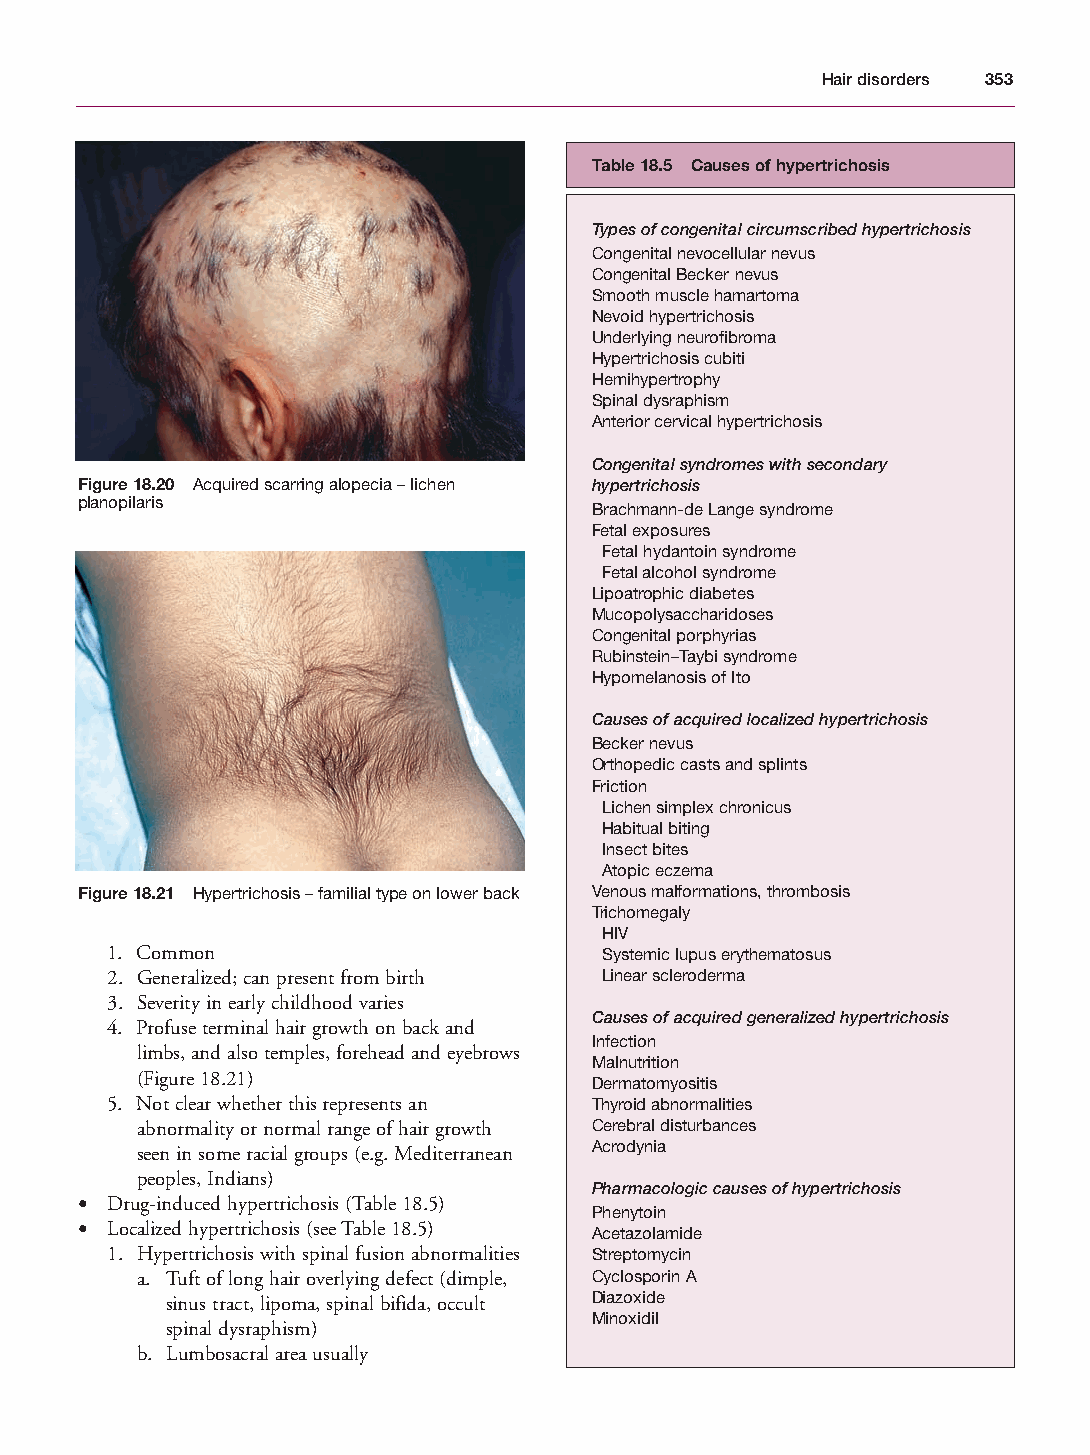
Mallory Chapter 18 27/1/05 2:55 pm Page 353
 Hair disorders 353
 Table 18.5 Causes of hypertrichosis
 Types of congenital circumscribed hypertrichosis
 Congenital nevocellular nevus
 Congenital Becker nevus
 Smooth muscle hamartoma
 Nevoid hypertrichosis
 Underlying neurofibroma
 Hypertrichosis cubiti
 Hemihypertrophy
 Spinal dysraphism
 Anterior cervical hypertrichosis
 Congenital syndromes with secondary
 Figure 18.20 Acquired scarring alopecia – lichen hypertrichosis
 planopilaris
 Brachmann-de Lange syndrome
 Fetal exposures
 Fetal hydantoin syndrome
 Fetal alcohol syndrome
 Lipoatrophic diabetes
 Mucopolysaccharidoses
 Congenital porphyrias
 Rubinstein–Taybi syndrome
 Hypomelanosis of Ito
 Causes of acquired localized hypertrichosis
 Becker nevus
 Orthopedic casts and splints
 Friction
 Lichen simplex chronicus
 Habitual biting
 Insect bites
 Atopic eczema
 Figure 18.21 Hypertrichosis – familial type on lower back Venous malformations, thrombosis
 Trichomegaly
 HIV
 1. Common                        Systemic lupus erythematosus
 2. Generalized; can present from birth Linear scleroderma
 3. Severity in early childhood varies
 Causes of acquired generalized hypertrichosis
 4. Profuse terminal hair growth on back and
 Infection
 limbs, and also temples, forehead and eyebrows
 Malnutrition
 (Figure 18.21)
 Dermatomyositis
 5. Not clear whether this represents an Thyroid abnormalities
 abnormality or normal range of hair growth Cerebral disturbances
 seen in some racial groups (e.g. Mediterranean Acrodynia
 peoples, Indians)
 Pharmacologic causes of hypertrichosis
 • Drug-induced hypertrichosis (Table 18.5)
 Phenytoin
 • Localized hypertrichosis (see Table 18.5)
 Acetazolamide
 1. Hypertrichosis with spinal fusion abnormalities Streptomycin
 a. Tuft of long hair overlying defect (dimple, Cyclosporin A
 sinus tract, lipoma, spinal bifida, occult Diazoxide
 Minoxidil
 spinal dysraphism)
 b. Lumbosacral area usually